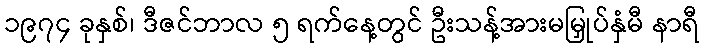
၁၉၇၄ ခုနှစ်၊ ဒီဇင်ဘာလ ၅ ရက်နေ့တွင် ဦးသန့်အားမမြှုပ်နှံမီ နာရီ